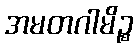
အမတဂါမိဉ္စ